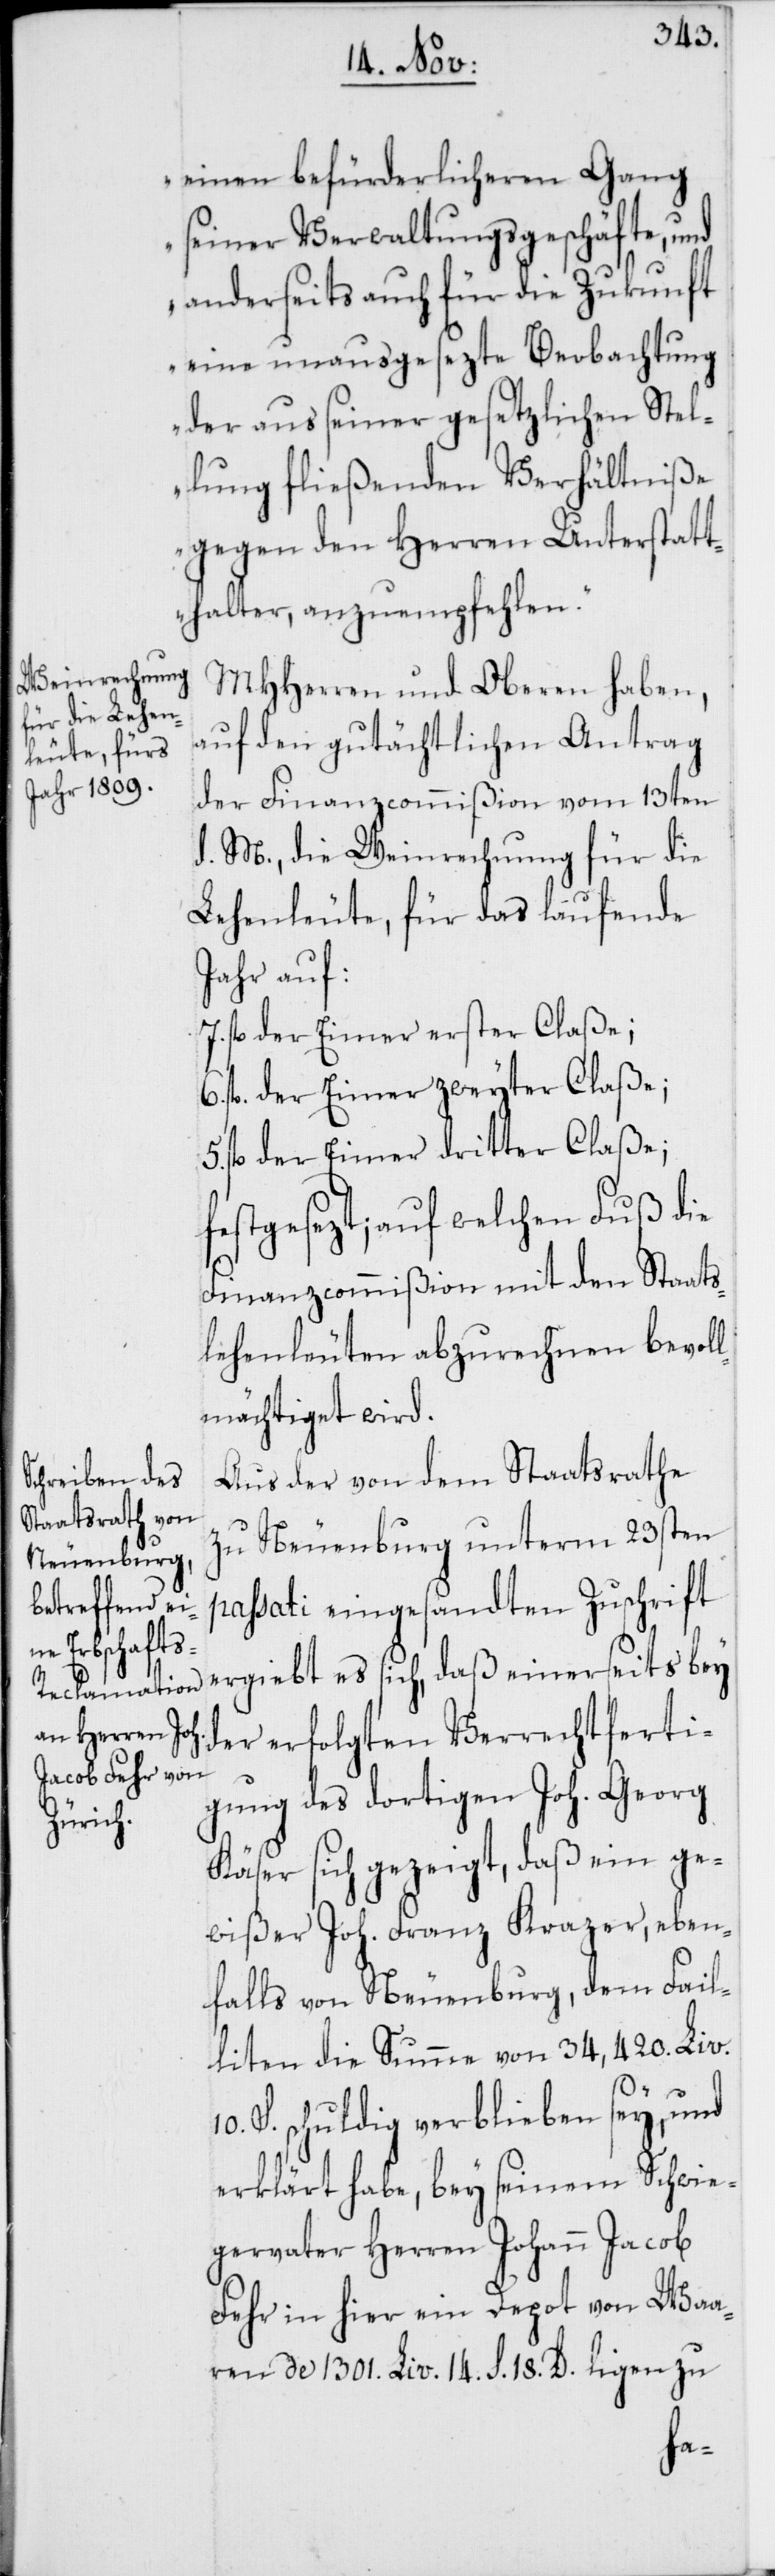
einen befürderlicheren Gang
seiner Verwaltungsgeschäfte, und
anderseits auch für die Zukunft
eine unausgesezte Beobachtung
der aus seiner gesetzlichen Stel¬
lung fließenden Verhältniße
gegen den Herren Unterstatt¬
halter, anzuempfehlen.“
MHHerren und Oberen haben,
auf den gutächtlichen Antrag
der Finanzcommißion vom 13ten
d. M., die Weinrechnung für die
Lehenleute, für das laufende
Jahr auf:
7. fl. der Eimer erster Claße;
6. fl. der Eimer zweyter Claße;
fl. der Eimer dritter Claße;
festgesezt, auf welchen Fuß die
Finanzcommißion mit den Staats¬
lehenleuten abzurechnen bevol¬
lmächtiget wird.
Aus der von dem Staatsrathe
zu Neuenburg unterm 23sten
passati eingesandten Zuschrift
ergiebt es sich, daß einerseits bey
der erfolgten Verrechtferti¬
gung des dortigen Joh. Georg
Käser sich gezeigt, daß ein ge¬
wißer Joh. Franz Krazer, eben¬
falls von Neuenburg, dem Fail¬
liten die Summe von 34,420. Liv.
S. schuldig verblieben sey, und
erklärt habe, bey seinem Schwie¬
gervater Herren Johann Jacob
Fehr in hier ein Depot von Waa¬
ren de 1301. Liv. 14. S. 18. D. ligen zu